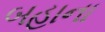
બહાના